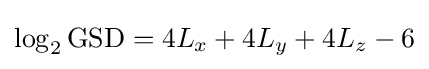
\log _{2}\mathrm {GSD} =4L_{x}+4L_{y}+4L_{z}-6